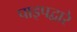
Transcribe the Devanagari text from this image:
पाइपद्वारे